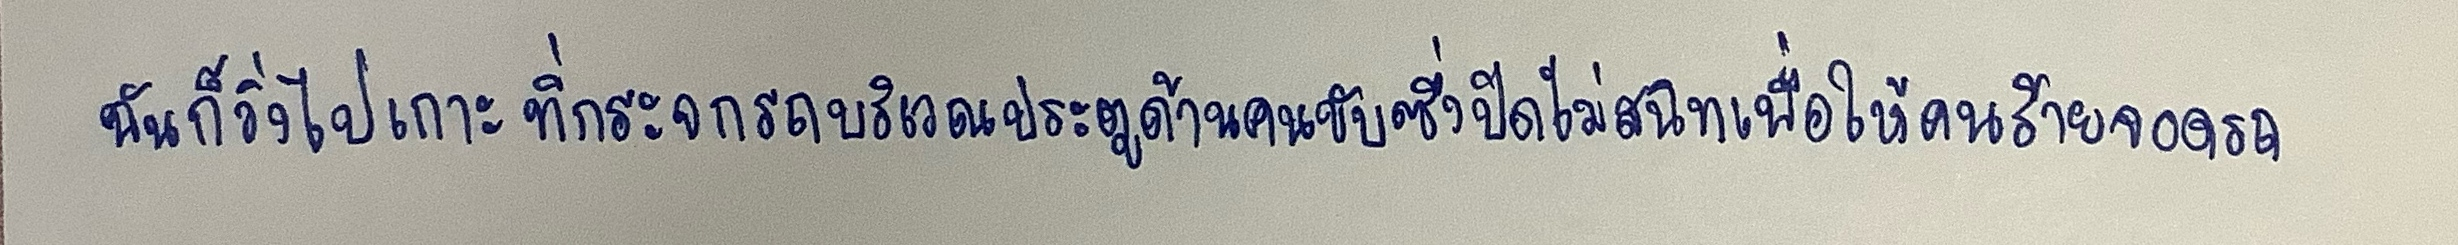
ฉันก็วิ่งไปเกาะที่กระจกรถบริเวณประตูด้านคนขับซึ่งปิดไม่สนิทเพื่อให้คนร้ายจอดรถ